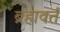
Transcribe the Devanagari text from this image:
ब्रहावर्त